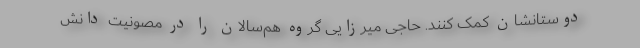
دوستانشان کمک کنند. حاجی میرزایی گروه هم‌سالان را در مصونیت دانش